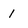
Character: i